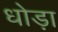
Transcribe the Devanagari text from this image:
धोड़ा